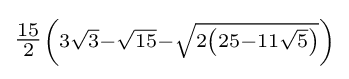
\scriptstyle {\tfrac {15}{2}}\left(3{\sqrt {3}}-{\sqrt {15}}-{\sqrt {2\left(25-11{\sqrt {5}}\right)}}\right)